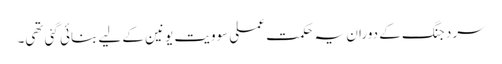
سرد جنگ کے دوران یہ حکمت عملی سوویت یونین کے لیے بنائی گئی تھی۔